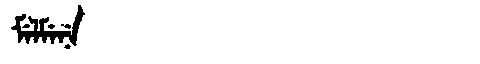
Manchu: ᠮᡝᠯᠮᡝᠨᡝ
Romanization: MELMENE